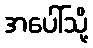
အပေါ်သို့